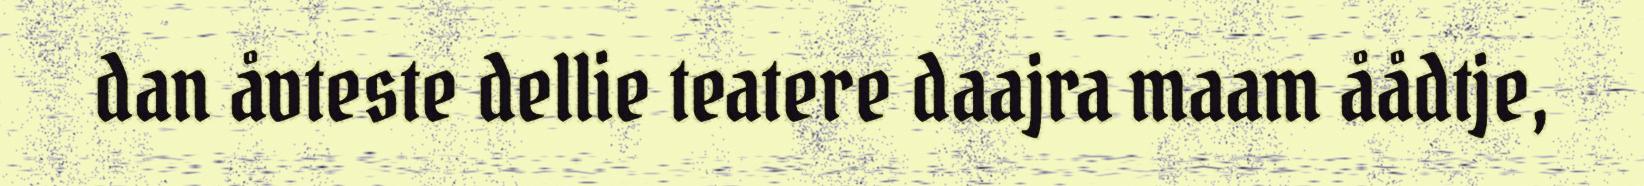
dan åvteste dellie teatere daajra maam åådtje,